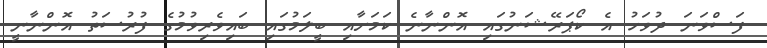
ފަސްވަނަ ދުވަހު އެ ކޯޕަރޭޝަނުގައި އޮންނާނެ ކަމަށާއި ބީލަމުގައި ބައިވެރިވުމުގެ ފުރުސަތު އޮންނާނީ